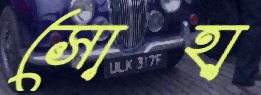
সোহা